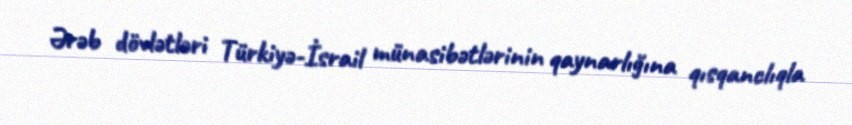
Ərəb dövlətləri Türkiyə-İsrail münasibətlərinin qaynarlığına qısqanclıqla